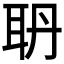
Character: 𦕃